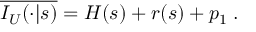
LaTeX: \overline { { { I _ { U } ( \cdot | s ) } } } = H ( s ) + r ( s ) + p _ { 1 } \; .